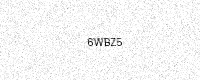
Text: 6WBZ5